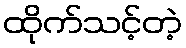
ထိုက်သင့်တဲ့